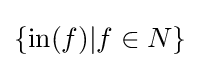
\{\mathrm {in} (f)|f\in N\}